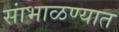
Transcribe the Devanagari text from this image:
सांभाळण्यात